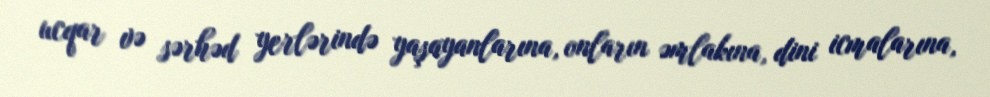
ucqar və sərhəd yerlərində yaşayanlarına, onların əmlakına, dini icmalarına,